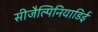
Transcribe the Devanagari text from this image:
सीजैल्पिनियाडिई